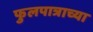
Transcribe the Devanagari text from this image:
फुलपात्राच्या